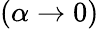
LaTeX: (\alpha\to 0)